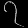
Digit: ၇